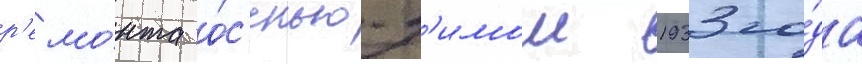
р'емо́нта о́с'енью-з'имои 1933 го́да